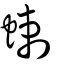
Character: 蝲